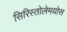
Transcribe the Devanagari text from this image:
सिरिस्तोलेमयोस